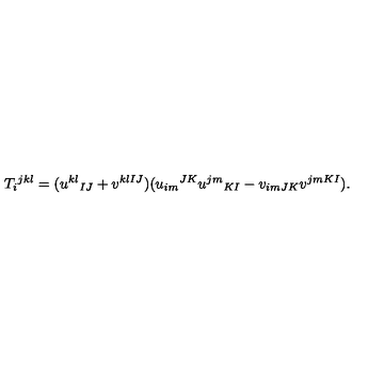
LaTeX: T _ { i } { } ^ { j k l } = ( u ^ { k l } { } _ { I J } + v ^ { k l I J } ) ( u _ { i m } { } ^ { J K } u ^ { j m } { } _ { K I } - v _ { i m J K } v ^ { j m K I } ) .